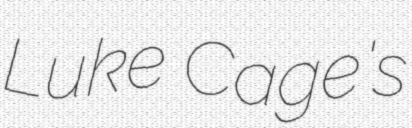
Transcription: Luke Cage's